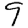
Digit: 9